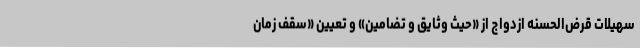
سهیلات قرض‌الحسنه ازدواج از «حیث وثایق و تضامین» و تعیین «سقف زمان